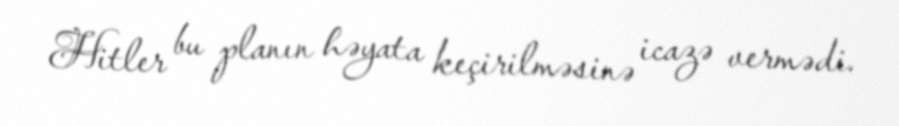
Hitler bu planın həyata keçirilməsinə icazə vermədi.